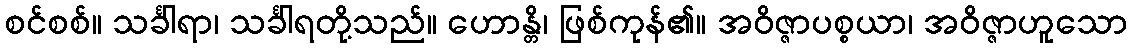
စင်စစ်။ သင်္ခါရာ၊ သင်္ခါရတို့သည်။ ဟောန္တိ၊ ဖြစ်ကုန်၏။ အဝိဇ္ဇာပစ္စယာ၊ အဝိဇ္ဇာဟူသော